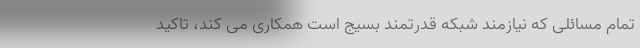
تمام مسائلی که نیازمند شبکه قدرتمند بسیج است همکاری می کند، تاکید